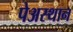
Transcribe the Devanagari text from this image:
पेअस्थान